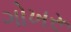
ગોખરૂ